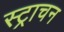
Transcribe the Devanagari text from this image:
स्ट्राचन